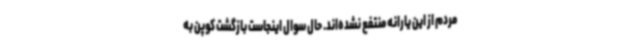
مردم از این یارانه منتفع نشده‌اند. حال سوال اینجاست بازگشت کوپن به